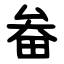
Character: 畚